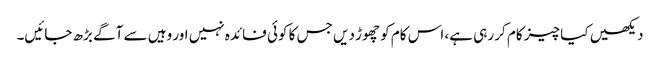
دیکھیں کیا چیز کام کر رہی ہے، اس کام کو چھوڑ دیں جس کا کوئی فائدہ نہیں اور وہیں سے آگے بڑھ جائیں۔